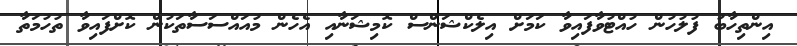
އިންތިހާބު ފުލުހުން ހުއްޓުވާފައިވާ ކަމަށް އިލެކްޝަންސް ކޮމިޝަނާއި އެހެން މުއައްސަސާތަކުން ކޮށްފައިވާ ތުހުމަތާ